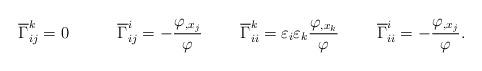
LaTeX: \begin{align*}\overline{\Gamma}_{ij}^k= 0\ \ \ \ \ \ \ \ \ \overline{\Gamma}_{ij}^i= -\frac{\varphi_{,x_{j}}}{\varphi}\ \ \ \ \ \ \ \overline{\Gamma}_{ii}^k= \varepsilon_{i}\varepsilon_{k}\frac{\varphi_{,x_{k}}}{\varphi}\ \ \ \ \ \ \ \overline{\Gamma}_{ii}^i= -\frac{\varphi_{,x_{j}}}{\varphi} .\end{align*}